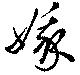
娥